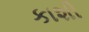
કાશી